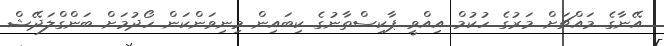
އޭނާގެ މައްޗަށް މަރުގެ ހުކުމް އިއްވީ ޕާކިސްތާނުގެ ކިބައިން މިނިވަންކަން ހޯދުމަށް ބަންގްލަދޭޝް